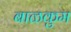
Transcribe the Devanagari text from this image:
बाळकुम